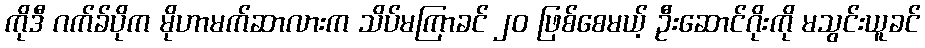
ကိုဒီ ဂက်ခ်ပိုက မိုဟာမက်ဆာလားက သိပ်မကြာခင် ၂၀ ဖြစ်စေမယ့် ဦးဆောင်ဂိုးကို မသွင်းယူခင်